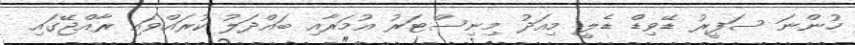
ހުންނަ ސަފީރު ޑޭވިޑް ޑެލީ މިއަދު މިނިސްޓަރު އުމަރާއި ބައްދަލު ކުރައްވައި ރާއްޖޭގައި